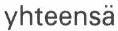
yhteensä